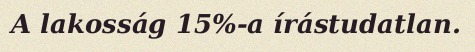
A lakosság 15%-a írástudatlan.